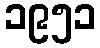
၁၉၅၁